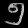
Digit: ၅